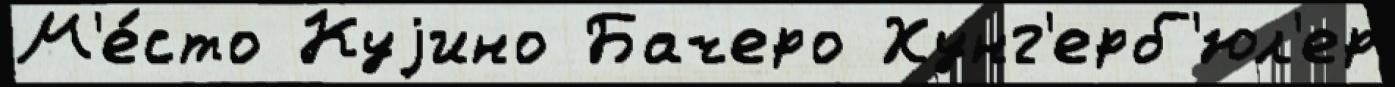
М'е́сто Куjино Бачеро Хунг'ерб'юл'ер